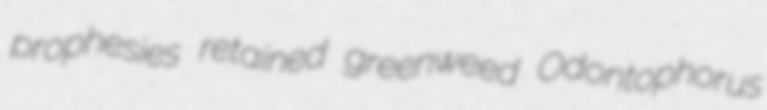
prophesies retained greenweed Odontophorus